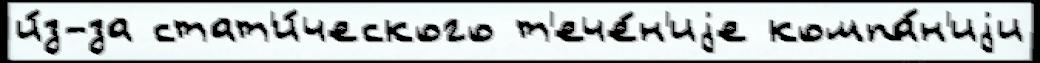
и́з-за стат'и́ческого т'ече́н'иjе компа́н'иjи